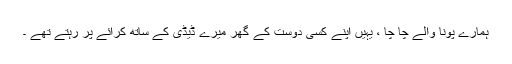
ہمارے پونا والے چا چا ، یہیں اپنے کسی دوست کے گھر میرے ڈیڈی کے ساتھ کرائے پر رہتے تھے ۔